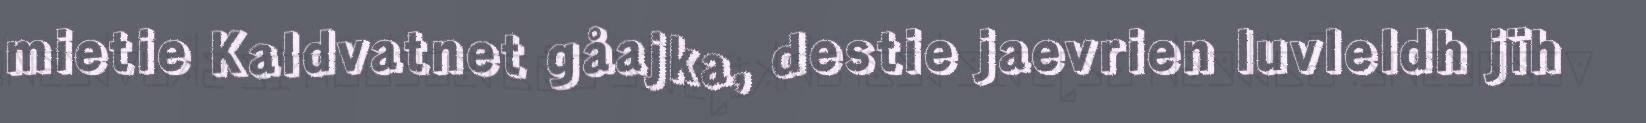
mietie Kaldvatnet gåajka, destie jaevrien luvleldh jïh